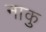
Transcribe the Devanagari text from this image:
नाकु